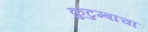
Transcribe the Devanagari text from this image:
कुटुम्बाचा